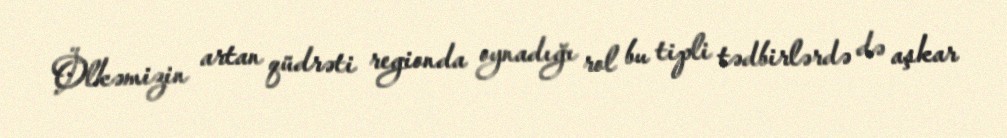
Ölkəmizin artan qüdrəti regionda oynadığı rol bu tipli tədbirlərdə də aşkar